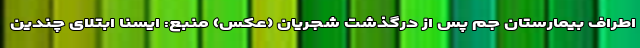
اطراف بیمارستان جم پس از درگذشت شجریان (عکس) منبع: ایسنا ابتلای چندین